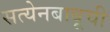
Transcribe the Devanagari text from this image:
सत्येनबाबूची